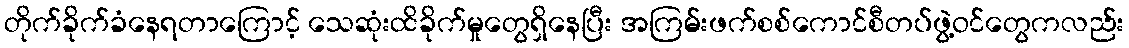
တိုက်ခိုက်ခံနေရတာကြောင့် သေဆုံးထိခိုက်မှုတွေရှိနေပြီး အကြမ်းဖက်စစ်ကောင်စီတပ်ဖွဲ့ဝင်တွေကလည်း